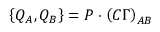
\left\{ Q _ { A } , Q _ { B } \right\} = P \cdot \left( C \Gamma \right) _ { A B }